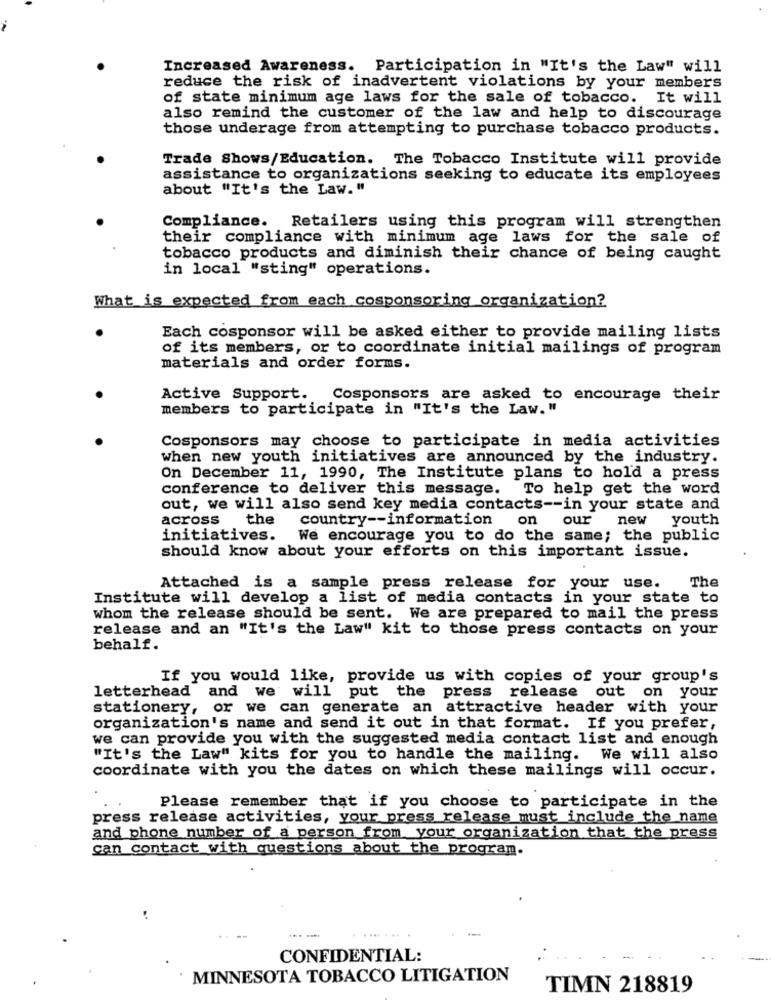
Increased Awareness. Participation in "It's the Law" will
reduce the risk of inadvertent violations by your members
of state minimum age laws for the sale of tobacco. It will
also remind the customer of the law and help to discourage
those underage from attempting to purchase tobacco products.
Trade Shows/Education. The Tobacco Institute will provide
assistance to organizations seeking to educate its employees
about "It's the Law. "
Compliance. Retailers using this program will strengthen
their compliance with minimum age laws for the sale of
tobacco products and diminish their chance of being caught
in local "sting" operations.
What is expected from each cosponsoring organization?
Each cosponsor will be asked either to provide mailing lists
of its members, or to coordinate initial mailings of program
materials and order forms.
Active Support.
Cosponsors are asked to encourage their
members to participate in "It's the Law. "
Cosponsors may choose to participate in media activities
when new youth initiatives are announced by the industry.
On December 11, 1990, The Institute plans to hold a press
conference to deliver this message. To help get the word
out, we will also send key media contacts -- in your state and
across the
country -- information
on
our
new youth
initiatives. We encourage you to do the same; the public
should know about your efforts on this important issue.
Attached is a sample press release for your use.
The
Institute will develop a list of media contacts in your state to
whom the release should be sent. We are prepared to mail the press
release and an "It's the Law" kit to those press contacts on your
behalf.
If you would like, provide us with copies of your group's
letterhead and we will put the press release out on your
stationery, or we can generate an attractive header with your
organization's name and send it out in that format. If you prefer,
we can provide you with the suggested media contact list and enough
"It's the Law" kits for you to handle the mailing. We will also
coordinate with you the dates on which these mailings will occur.
Please remember that if you choose to participate in the
press release activities, your press release must include the name
and phone number of a person from your organization that the press
can contact with questions about the program.
..... ..
CONFIDENTIAL:
MINNESOTA TOBACCO LITIGATION
TIMN 218819